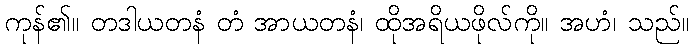
ကုန်၏။ တဒါယတနံ တံ အာယတနံ၊ ထိုအရိယဖိုလ်ကို။ အဟံ၊ သည်။